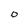
Character: O